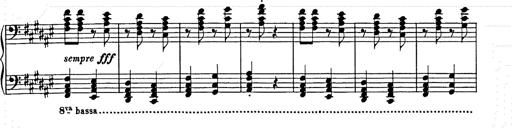
Title: Hungarian Rhapsody No.9
Composer: Franz Liszt
Key: E-flat major